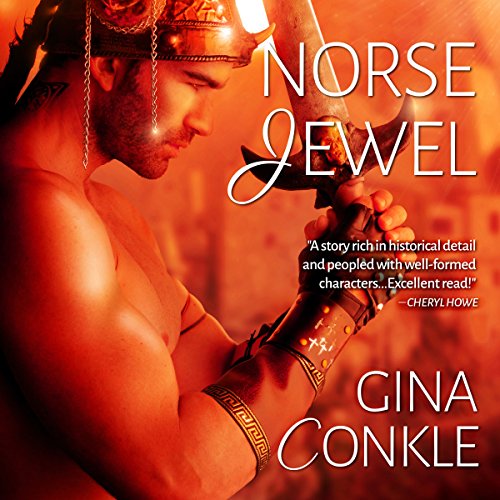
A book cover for Norse Jewel: Entangled Scandalous; Gina Conkle; Romance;